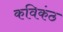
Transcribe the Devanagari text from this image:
कविकंठ